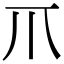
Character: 𤓯